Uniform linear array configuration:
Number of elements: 4
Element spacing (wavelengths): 1
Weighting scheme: uniform
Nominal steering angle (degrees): -45
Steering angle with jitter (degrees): -43.254
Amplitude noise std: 0.05
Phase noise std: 0.05

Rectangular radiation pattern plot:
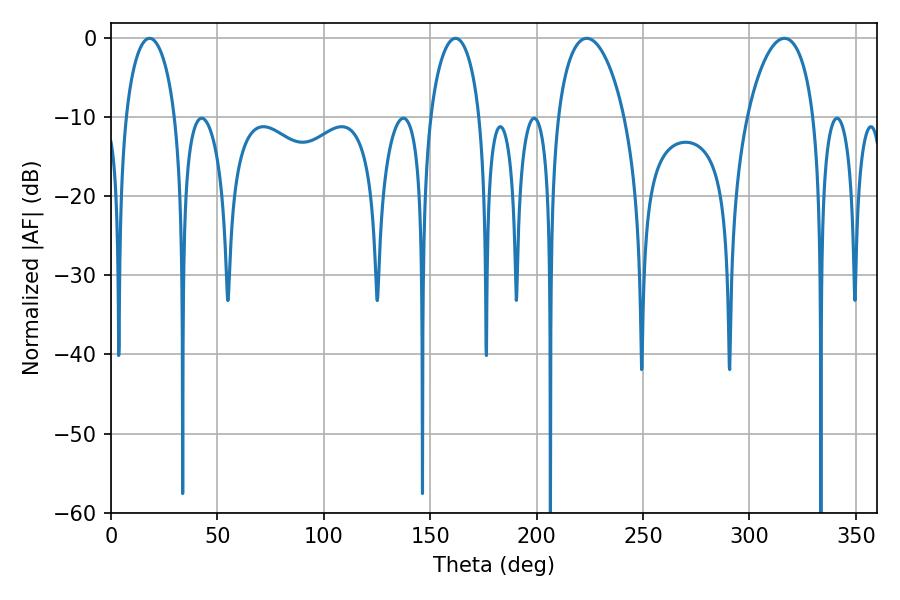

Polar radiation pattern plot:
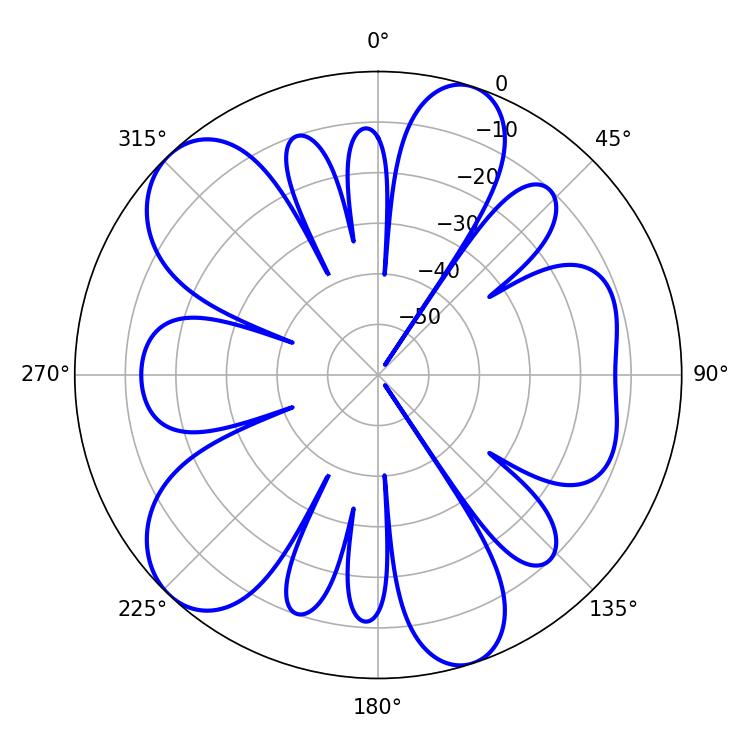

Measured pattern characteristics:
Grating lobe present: TRUE
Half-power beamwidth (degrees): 17.82
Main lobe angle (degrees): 223.56